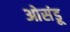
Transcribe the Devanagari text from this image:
ओसंडू